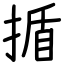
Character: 揗